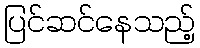
ပြင်ဆင်နေသည့်